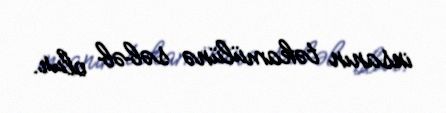
insanın təkamülünə səbəb olur.